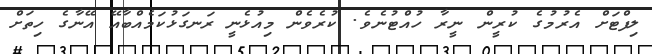
ލިފްޓަށް އެރުމުގެ ކުރީން ނީރާ ހުއްޓުނެވެ. ކުރެވެން މިއުޅެނީ ރަނގަޅުކަމެއްބާއޭ އޭނާގެ ހިތަށް